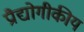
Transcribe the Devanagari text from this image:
प्रौद्योगीकीय